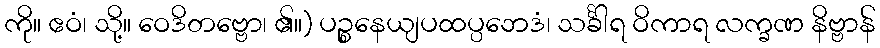
ကို။ ဧဝံ၊ သို့။ ဝေဒိတဗ္ဗော၊ ၏။) ပဉ္စနေယျပထပ္ပဘေဒံ၊ သင်္ခါရ ဝိကာရ လက္ခဏ နိဗ္ဗာန်